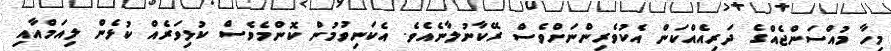
މިހާ މުއްސަންޖެއްގެ ދަރިއެއްކަން އެކުވެރިންނަށްވެސް ރޭކާނުލާނެއެވެ. އެކަނިވުމުން ކޮންމެވެސް ކުޅިވަރެއް ކުޅެން ލިއަމްއާއި